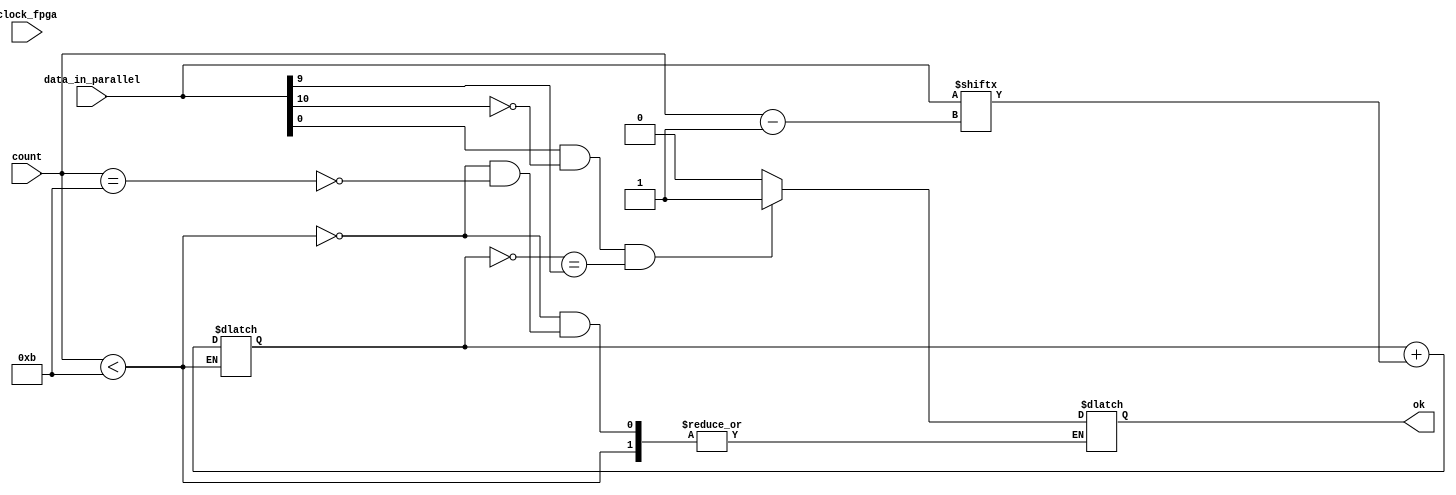
module verificare(input clock_fpga, 						//fpga clock signal
						input [10:0] data_in_parallel, 		//parallel data from SIPO register
						output reg ok, 							//indicates that the data received is correct, active on 1
						input [3:0] count							//counter from SIPO register
						);

////////internal registers///////
reg sum;
wire par_check;	//parity check

always @ (clock_fpga)
		if (count < 11)
			sum = sum + data_in_parallel[count-1]; 	//calculus of parity
		else if (count == 11)
			if (data_in_parallel[0] == 1 && data_in_parallel[10] == 0 && par_check == data_in_parallel[9])
				ok = 1; //active if the start, stop and parity bits are correct
			else 
				ok = 0;
		
assign par_check = ~sum;


endmodule